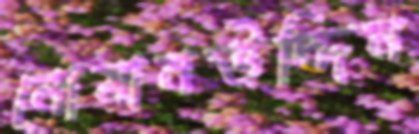
নোমানউদ্দিন